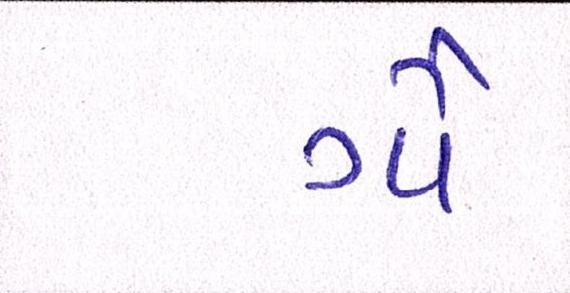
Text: ગૌ